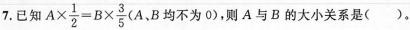
7.已知$$A \times \frac{1}{2}=B \times \frac{3}{5}$$(A、B均不为0),则A与B的大小关系是( )。